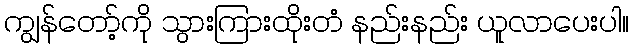
ကျွန်တော့်ကို သွားကြားထိုးတံ နည်းနည်း ယူလာပေးပါ။